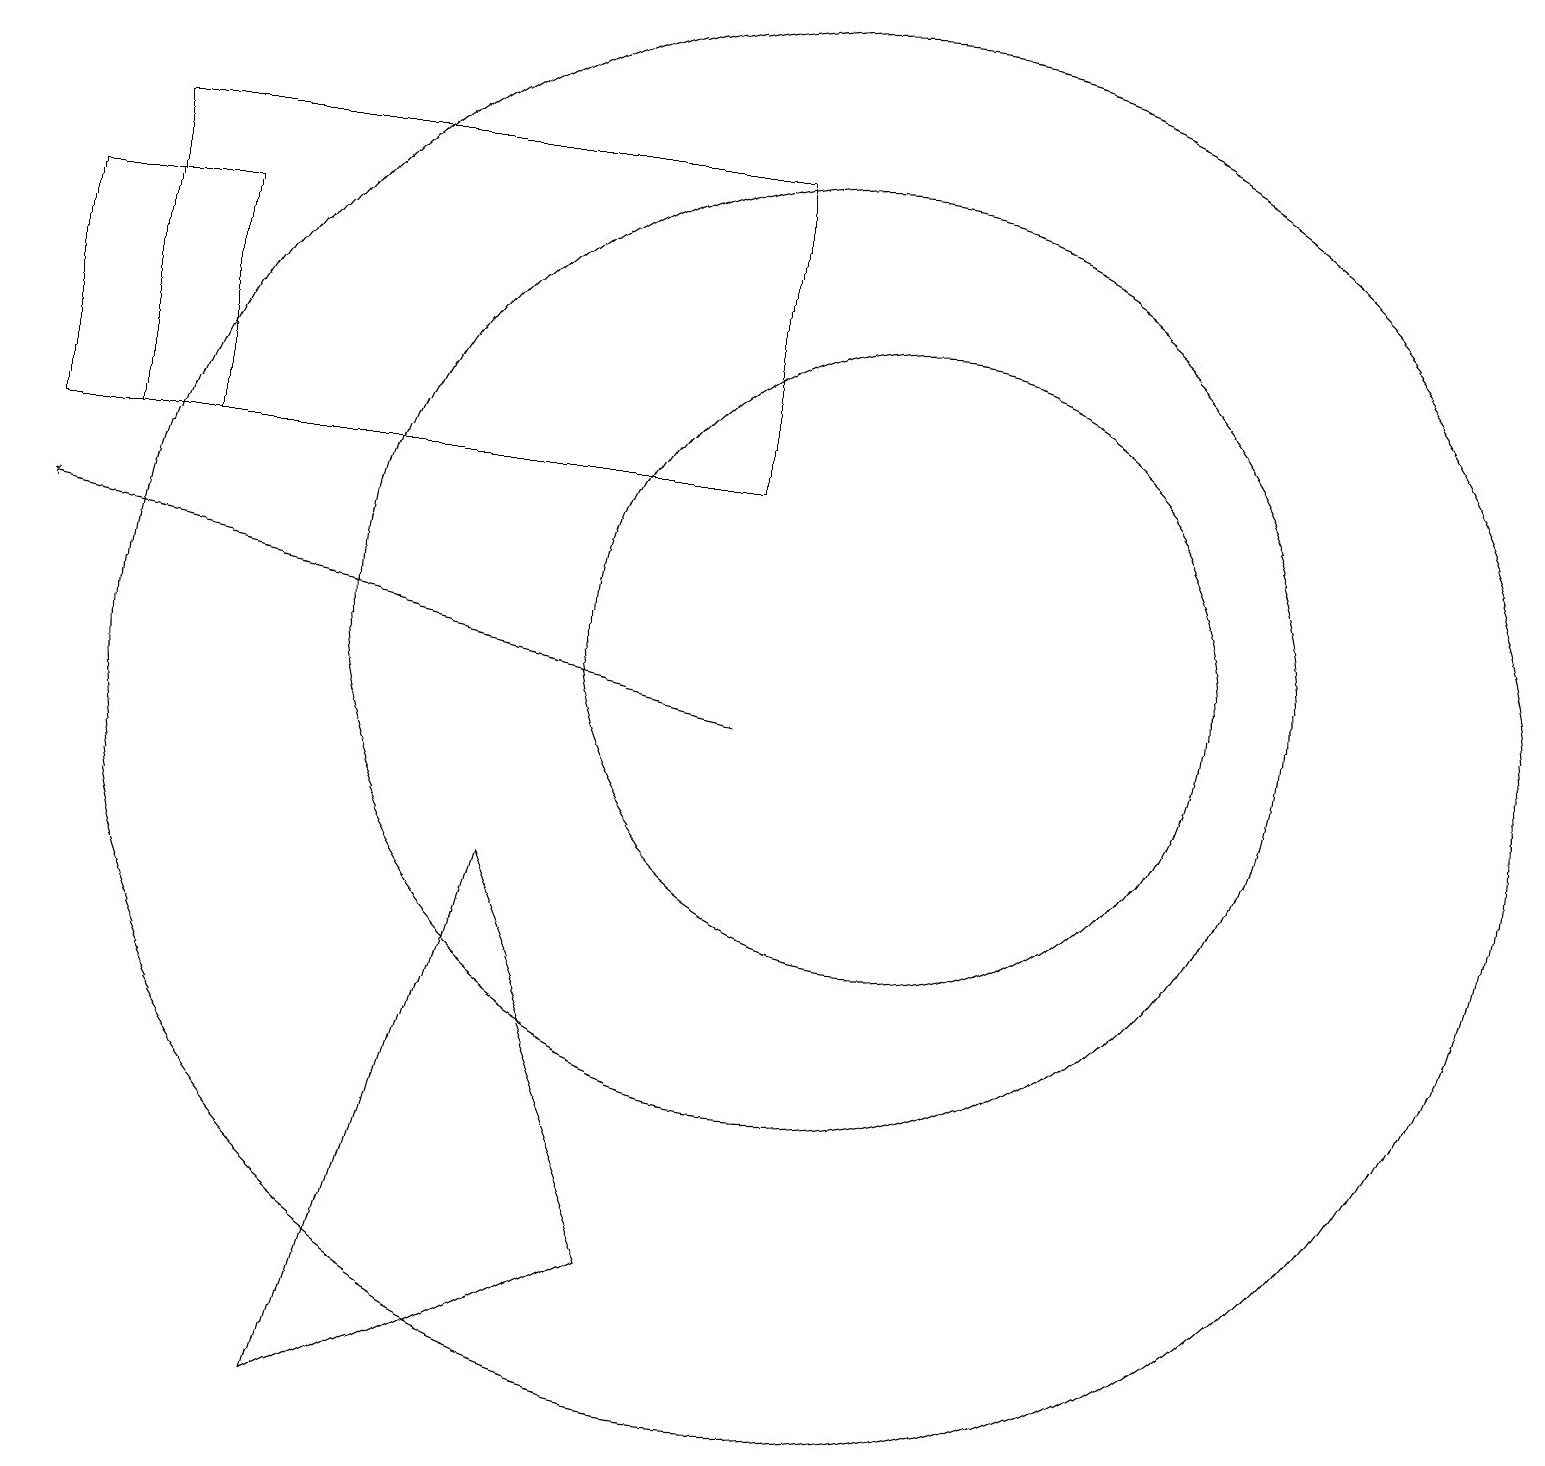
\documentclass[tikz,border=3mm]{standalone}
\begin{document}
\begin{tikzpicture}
\draw (1,13) rectangle (9,17);
\draw (10,10) circle (9);
\draw (11,11) circle (4);
\draw[->] (9,10) -- (0,12);
\draw (2,13) rectangle (0,16);
\draw (11,11) circle (0);
\draw (4,1) -- (8,3) -- (6,8) -- cycle;
\draw (10,11) circle (6);
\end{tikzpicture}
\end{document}